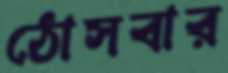
ঠোসবার